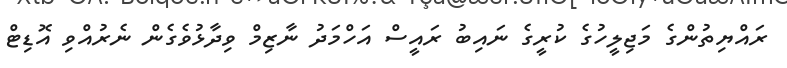
ރައްޔިތުންގެ މަޖިލީހުގެ ކުރީގެ ނައިބު ރައީސް އަހްމަދު ނާޒިމް ވިދާޅުވެގެން ނެރުއްވި އޮޑިޓް